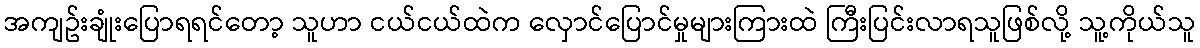
အကျဥ်းချုံးပြောရရင်တော့ သူဟာ ငယ်ငယ်ထဲက လှောင်ပြောင်မှုများကြားထဲ ကြီးပြင်းလာရသူဖြစ်လို့ သူ့ကိုယ်သူ